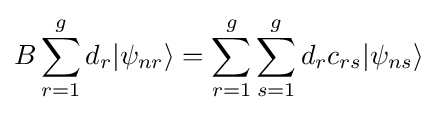
B\sum _{r=1}^{g}d_{r}|\psi _{nr}\rangle =\sum _{r=1}^{g}\sum _{s=1}^{g}d_{r}c_{rs}|\psi _{ns}\rangle